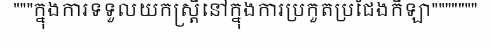
"""ក្នុងការទទួលយកស្ត្រីនៅក្នុងការប្រកួតប្រជែងកីឡា"""""""